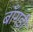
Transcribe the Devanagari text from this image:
बाँगड़ी